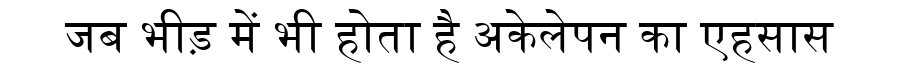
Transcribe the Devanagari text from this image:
जब भीड़ में भी होता है अकेलेपन का एहसास